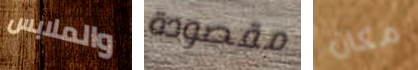
والملابس مقصودة مكان